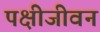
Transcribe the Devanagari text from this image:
पक्षीजीवन